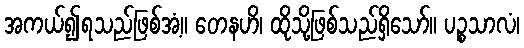
အကယ်၍ရသည်ဖြစ်အံ့။ တေနဟိ၊ ထိုသို့ဖြစ်သည်ရှိသော်။ ပဉ္စသာလံ၊